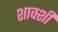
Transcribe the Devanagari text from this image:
शाक्शी